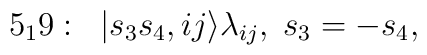
5_19:\;\; |s_3s_4,ij\rangle\lambda_{ij},\; s_3=-s_4,